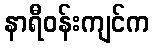
နာရီဝန်းကျင်က